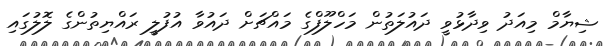
ޝިޔާމް މިއަދު ވިދާޅުވީ ދައުލަތުން މަހްލޫފްގެ މައްޗަށް ދައުވާ އުފުލީ ރައްޔިތުންގެ ލޮލުގައި